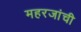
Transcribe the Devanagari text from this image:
महरजांची